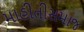
માહીતીસમાજ